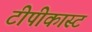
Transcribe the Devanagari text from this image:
टीपीकास्ट